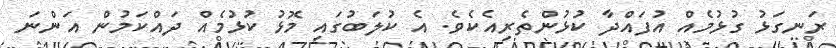
ރަނގަޅު ގުޅުމެއް އުފައްދާ ކުޅުންތެރިއެކެވެ. އެ ކުލަބުގައި މޮޅު ކުޅުމެއް ދައްކަމުން އަންނަ